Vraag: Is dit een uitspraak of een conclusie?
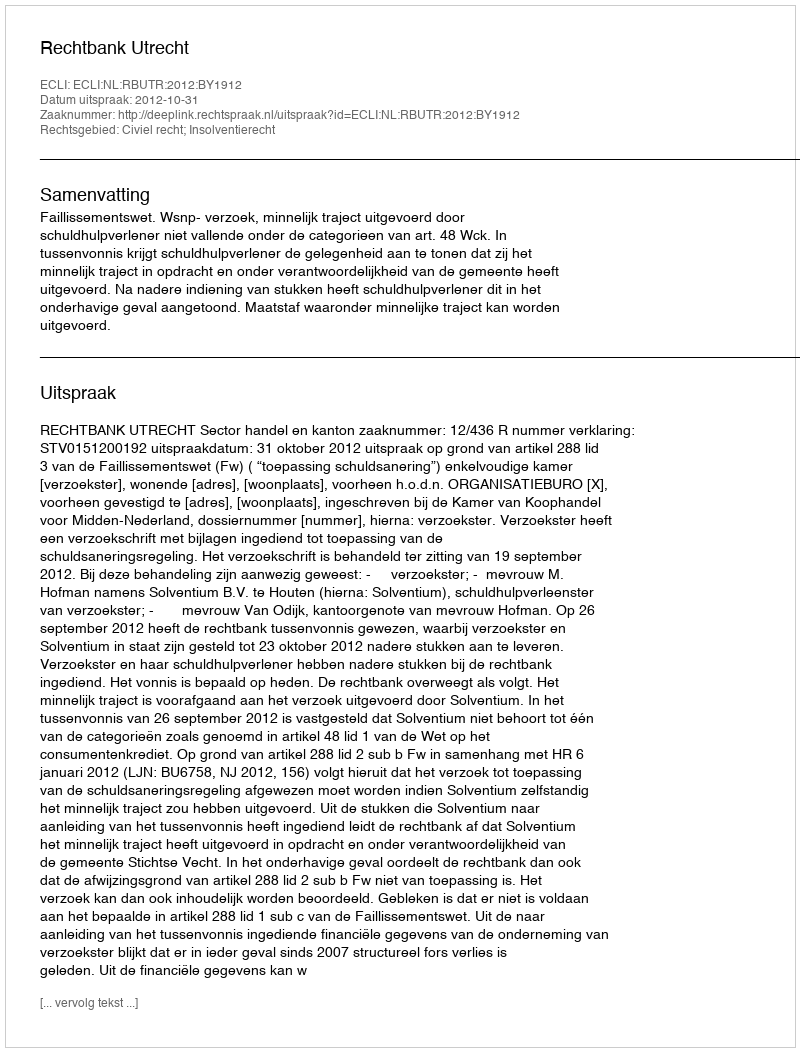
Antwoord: Uitspraak